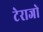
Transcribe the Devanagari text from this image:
टेराजो